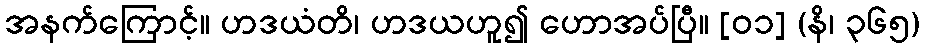
အနက်ကြောင့်။ ဟဒယံတိ၊ ဟဒယဟူ၍ ဟောအပ်ပြီ။ [၀၁] (နိ၊ ၃၆၅)